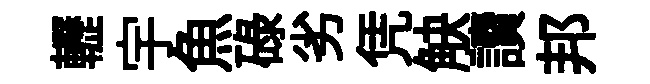
轣宇魚碌劣凭觖讀邦